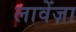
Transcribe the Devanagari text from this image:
लावेंज़ा